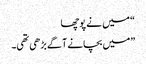
“ میں نے پوچھا
”میں بچانے آگے بڑھی تھی۔